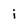
Character: j